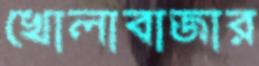
খোলাবাজার